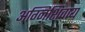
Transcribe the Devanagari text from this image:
अग्निशिवाय